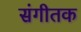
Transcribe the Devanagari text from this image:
संगीतक